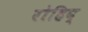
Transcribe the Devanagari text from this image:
रोहिद्